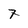
Character: 7